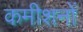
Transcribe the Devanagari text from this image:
कमीशनों